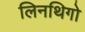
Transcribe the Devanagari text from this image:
लिनथिगो